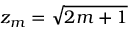
z _ { m } = \sqrt { 2 m + 1 }